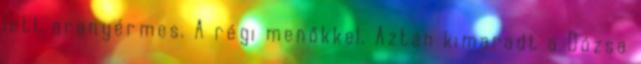
lett aranyérmes. A régi menőkkel. Aztán kimaradt a Dózsa